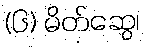
(၆) မိတ်ဆွေ၊